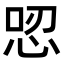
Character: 𢙟